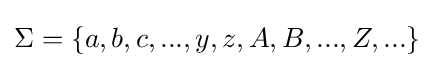
\Sigma =\{a,b,c,...,y,z,A,B,...,Z,...\}